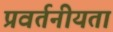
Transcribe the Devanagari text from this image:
प्रवर्तनीयता